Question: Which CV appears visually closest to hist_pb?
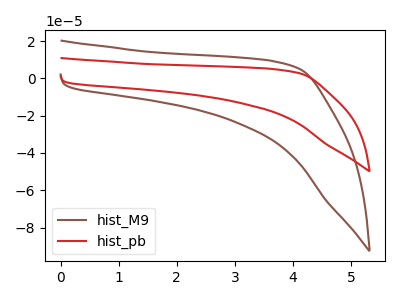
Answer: <think>The brown curve "hist_M9" has no peaks. The red curve "hist_pb" has no peaks.
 Neither "hist_M9" or "hist_pb" have any peaks.</think>
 <answer>The CV with the most similar shape to "hist_M9" is "hist_pb".</answer>
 <eval>"hist_pb"</eval>